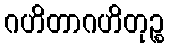
ဂဟိတာဂဟိတုဉ္စ